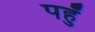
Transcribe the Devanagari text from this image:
पहुँ